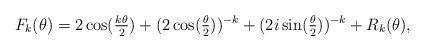
LaTeX: \begin{align*} F_k(\theta) = 2\cos(\tfrac{k \theta}{2}) + (2 \cos(\tfrac{\theta}{2}))^{-k} + (2i \sin(\tfrac{\theta}{2}))^{-k} + R_k(\theta),\end{align*}